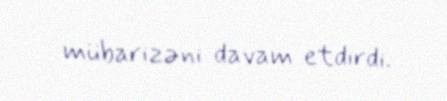
mübarizəni davam etdirdi.